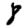
Digit: 8